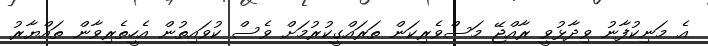
އެ މަނިކުފާނު ވިދާޅުވީ ރާއްޖޭ މަސްވެރިކަން ތަރައްގީކުރުމަށް ވެސް ކުވައިތުން އެހީތެރިވާން ތައްޔާރު